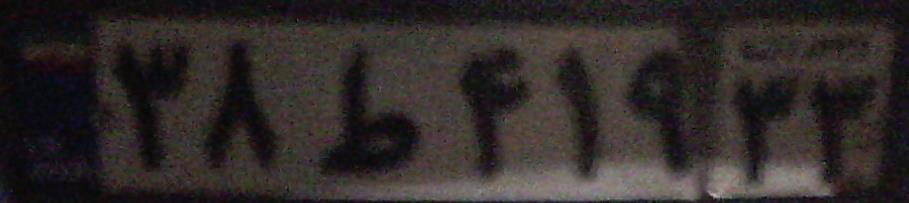
۳۸ط۴۱۹۳۳